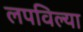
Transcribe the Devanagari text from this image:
लपविल्या